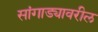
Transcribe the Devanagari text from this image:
सांगाड्यावरील